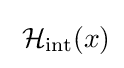
\;{\mathcal {H}}_{\rm {int}}(x)